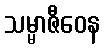
သမ္မာဇီဝေန